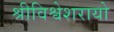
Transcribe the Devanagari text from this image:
श्रीविश्वेशरायो